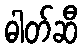
ဓါတ်ဆီ